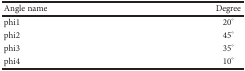
| Angle name | Degree |
 | --- | --- |
 | phi1 | 20° |
 | phi2 | 45° |
 | phi3 | 35° |
 | phi4 | 10° |